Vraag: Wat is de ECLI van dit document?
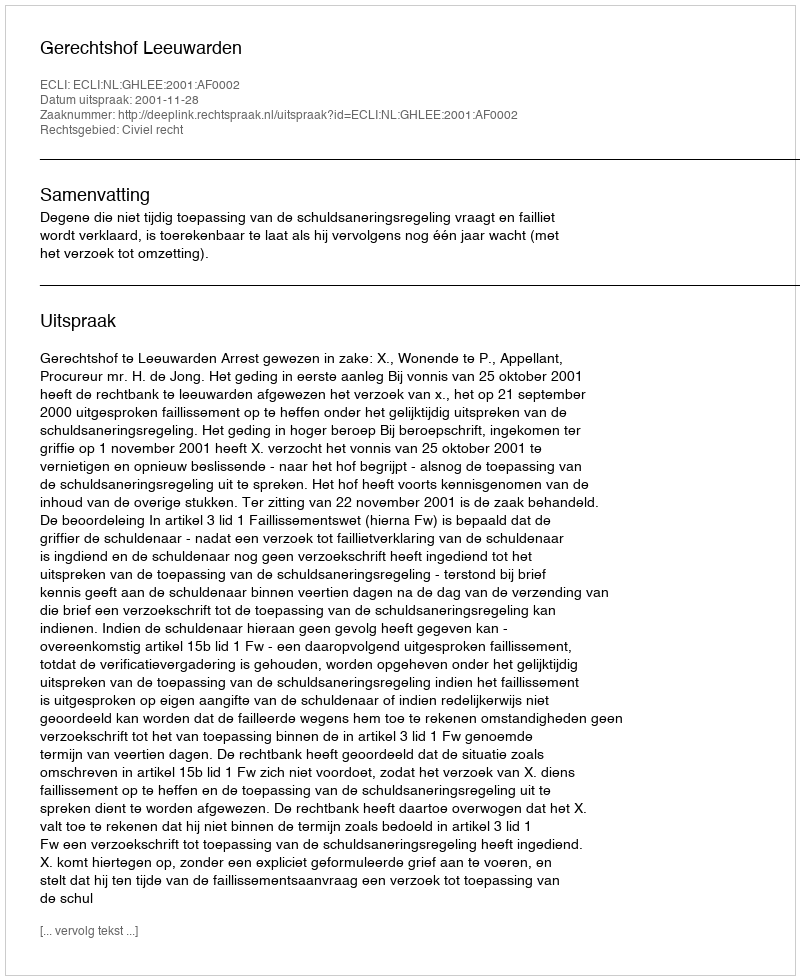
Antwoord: ECLI:NL:GHLEE:2001:AF0002